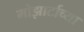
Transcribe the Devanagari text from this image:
मोझार्टाच्या